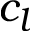
c _ { l }